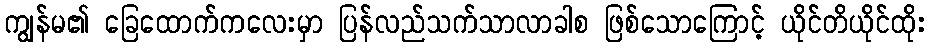
ကျွန်မ၏ ခြေထောက်ကလေးမှာ ပြန်လည်သက်သာလာခါစ ဖြစ်သောကြောင့် ယိုင်တိယိုင်ထိုး